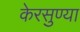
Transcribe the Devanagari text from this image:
केरसुण्या